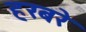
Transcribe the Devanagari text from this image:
हरबरे